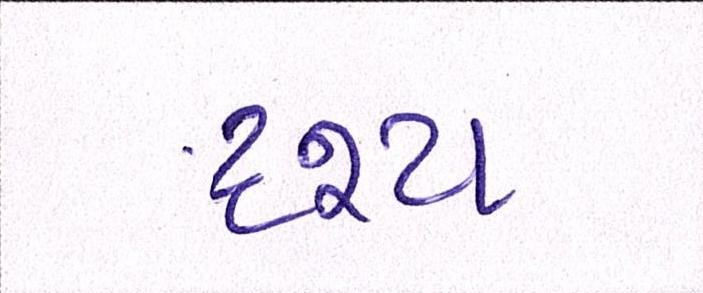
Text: દ્રશ્યઃ